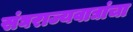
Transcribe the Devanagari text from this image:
संघराज्यवाद्यांचा